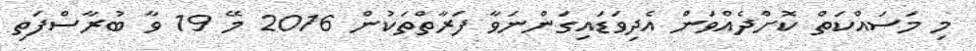
މި މަސައްކަތް ކޮށްދެއްވަން އެދިވަޑައިގަންނަވާ ފަރާތްތަކުން 2016 މޭ 19 ވާ ބުރާސްފަތި